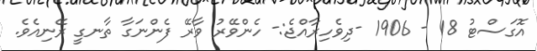
އޮގަސްޓު 18 - 1906 -ދިވެހިރާއްޖެ:- ހެންވޭރު ވާރޭ ފެންނަގާ ތާނގީ ރޭނިއެވެ.